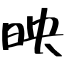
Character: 映